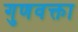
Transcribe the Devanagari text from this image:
गुणवक्ता